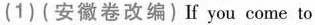
(1) (安徽卷改编)If you come to